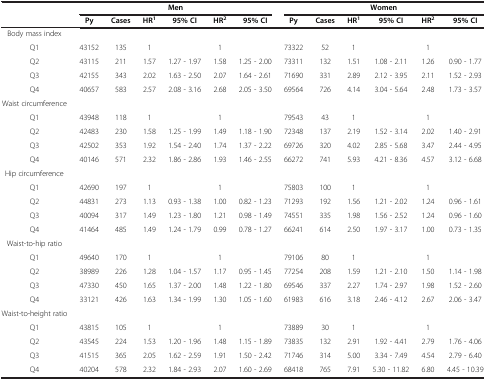
<table><thead><tr><td><b> </b></td><td colspan="6"><b>Men</b></td><td colspan="6"><b>Women</b></td></tr><tr><td><b> </b></td><td><b>Py</b></td><td><b>Cases</b></td><td><b>HR<sup>1</sup></b></td><td><b>95%CI</b></td><td><b>HR<sup>2</sup></b></td><td><b>95% CI</b></td><td><b>Py</b></td><td><b>Cases</b></td><td><b>HR<sup>1</sup></b></td><td><b>95% CI</b></td><td><b>HR<sup>2</sup></b></td><td><b>95% CI</b></td></tr></thead><tbody><tr><td>Body mass index</td><td> </td><td> </td><td> </td><td> </td><td> </td><td> </td><td> </td><td> </td><td> </td><td> </td><td> </td><td> </td></tr><tr><td>Q1</td><td>43152</td><td>135</td><td>1</td><td> </td><td>1</td><td> </td><td>73322</td><td>52</td><td>1</td><td> </td><td>1</td><td> </td></tr><tr><td>Q2</td><td>43115</td><td>211</td><td>1.57</td><td>1.27 - 1.97</td><td>1.58</td><td>1.25 - 2.00</td><td>73311</td><td>132</td><td>1.51</td><td>1.08 - 2.11</td><td>1.26</td><td>0.90 - 1.77</td></tr><tr><td>Q3</td><td>42155</td><td>343</td><td>2.02</td><td>1.63 - 2.50</td><td>2.07</td><td>1.64 - 2.61</td><td>71690</td><td>331</td><td>2.89</td><td>2.12 - 3.95</td><td>2.11</td><td>1.52 - 2.93</td></tr><tr><td>Q4</td><td>40657</td><td>583</td><td>2.57</td><td>2.08 - 3.16</td><td>2.68</td><td>2.05 - 3.50</td><td>69564</td><td>726</td><td>4.14</td><td>3.04 - 5.64</td><td>2.48</td><td>1.73 - 3.57</td></tr><tr><td>Waist circumference</td><td> </td><td> </td><td> </td><td> </td><td> </td><td> </td><td> </td><td> </td><td> </td><td> </td><td> </td><td> </td></tr><tr><td>Q1</td><td>43948</td><td>118</td><td>1</td><td> </td><td>1</td><td> </td><td>79543</td><td>43</td><td>1</td><td> </td><td>1</td><td> </td></tr><tr><td>Q2</td><td>42483</td><td>230</td><td>1.58</td><td>1.25 - 1.99</td><td>1.49</td><td>1.18 - 1.90</td><td>72348</td><td>137</td><td>2.19</td><td>1.52 - 3.14</td><td>2.02</td><td>1.40 - 2.91</td></tr><tr><td>Q3</td><td>42502</td><td>353</td><td>1.92</td><td>1.54 - 2.40</td><td>1.74</td><td>1.37 - 2.22</td><td>69726</td><td>320</td><td>4.02</td><td>2.85 - 5.68</td><td>3.47</td><td>2.44 - 4.95</td></tr><tr><td>Q4</td><td>40146</td><td>571</td><td>2.32</td><td>1.86 - 2.86</td><td>1.93</td><td>1.46 - 2.55</td><td>66272</td><td>741</td><td>5.93</td><td>4.21 - 8.36</td><td>4.57</td><td>3.12 - 6.68</td></tr><tr><td>Hip circumference</td><td> </td><td> </td><td> </td><td> </td><td> </td><td> </td><td> </td><td> </td><td> </td><td> </td><td> </td><td> </td></tr><tr><td>Q1</td><td>42690</td><td>197</td><td>1</td><td> </td><td>1</td><td> </td><td>75803</td><td>100</td><td>1</td><td> </td><td>1</td><td> </td></tr><tr><td>Q2</td><td>44831</td><td>273</td><td>1.13</td><td>0.93 - 1.38</td><td>1.00</td><td>0.82 - 1.23</td><td>71293</td><td>192</td><td>1.56</td><td>1.21 - 2.02</td><td>1.24</td><td>0.96 - 1.61</td></tr><tr><td>Q3</td><td>40094</td><td>317</td><td>1.49</td><td>1.23 - 1.80</td><td>1.21</td><td>0.98 - 1.49</td><td>74551</td><td>335</td><td>1.98</td><td>1.56 - 2.52</td><td>1.24</td><td>0.96 - 1.60</td></tr><tr><td>Q4</td><td>41464</td><td>485</td><td>1.49</td><td>1.24 - 1.79</td><td>0.99</td><td>0.78 - 1.27</td><td>66241</td><td>614</td><td>2.50</td><td>1.97 - 3.17</td><td>1.00</td><td>0.73 - 1.35</td></tr><tr><td>Waist-to-hip ratio</td><td> </td><td> </td><td> </td><td> </td><td> </td><td> </td><td> </td><td> </td><td> </td><td> </td><td> </td><td> </td></tr><tr><td>Q1</td><td>49640</td><td>170</td><td>1</td><td> </td><td>1</td><td> </td><td>79106</td><td>80</td><td>1</td><td> </td><td>1</td><td> </td></tr><tr><td>Q2</td><td>38989</td><td>226</td><td>1.28</td><td>1.04 - 1.57</td><td>1.17</td><td>0.95 - 1.45</td><td>77254</td><td>208</td><td>1.59</td><td>1.21 - 2.10</td><td>1.50</td><td>1.14 - 1.98</td></tr><tr><td>Q3</td><td>47330</td><td>450</td><td>1.65</td><td>1.37 - 2.00</td><td>1.48</td><td>1.22 - 1.80</td><td>69546</td><td>337</td><td>2.27</td><td>1.74 - 2.97</td><td>1.98</td><td>1.52 - 2.60</td></tr><tr><td>Q4</td><td>33121</td><td>426</td><td>1.63</td><td>1.34 - 1.99</td><td>1.30</td><td>1.05 - 1.60</td><td>61983</td><td>616</td><td>3.18</td><td>2.46 - 4.12</td><td>2.67</td><td>2.06 - 3.47</td></tr><tr><td>Waist-to-height ratio</td><td> </td><td> </td><td> </td><td> </td><td> </td><td> </td><td> </td><td> </td><td> </td><td> </td><td> </td><td> </td></tr><tr><td>Q1</td><td>43815</td><td>105</td><td>1</td><td> </td><td>1</td><td> </td><td>73889</td><td>30</td><td>1</td><td> </td><td>1</td><td> </td></tr><tr><td>Q2</td><td>43545</td><td>224</td><td>1.53</td><td>1.20 - 1.96</td><td>1.48</td><td>1.15 - 1.89</td><td>73835</td><td>132</td><td>2.91</td><td>1.92 - 4.41</td><td>2.79</td><td>1.76 - 4.06</td></tr><tr><td>Q3</td><td>41515</td><td>365</td><td>2.05</td><td>1.62 - 2.59</td><td>1.91</td><td>1.50 - 2.42</td><td>71746</td><td>314</td><td>5.00</td><td>3.34 - 7.49</td><td>4.54</td><td>2.79 - 6.40</td></tr><tr><td>Q4</td><td>40204</td><td>578</td><td>2.32</td><td>1.84 - 2.93</td><td>2.07</td><td>1.60 - 2.69</td><td>68418</td><td>765</td><td>7.91</td><td>5.30 - 11.82</td><td>6.80</td><td>4.45 - 10.39</td></tr></tbody></table>